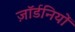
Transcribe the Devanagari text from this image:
ज़ॉर्डनियों